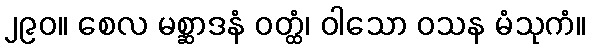
၂၉၀။ စေလ မစ္ဆာဒနံ ဝတ္ထံ၊ ဝါသော ဝသန မံသုကံ။